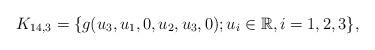
LaTeX: \begin{align*} K_{14,3}=\{g(u_3,u_1,0,u_2,u_3,0); u_i \in \mathbb R, i=1,2,3 \}, \end{align*}